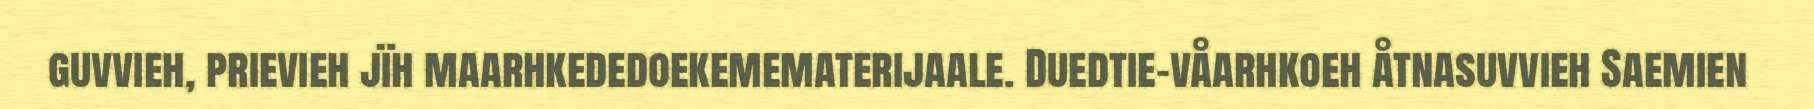
guvvieh, prievieh jïh maarhkededoekemematerijaale. Duedtie-våarhkoeh åtnasuvvieh Saemien